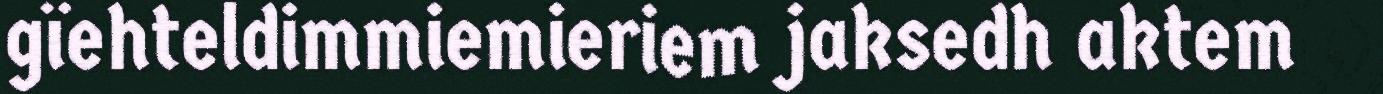
gïehteldimmiemieriem jaksedh aktem